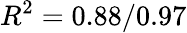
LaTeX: R^{2}=0.88/0.97